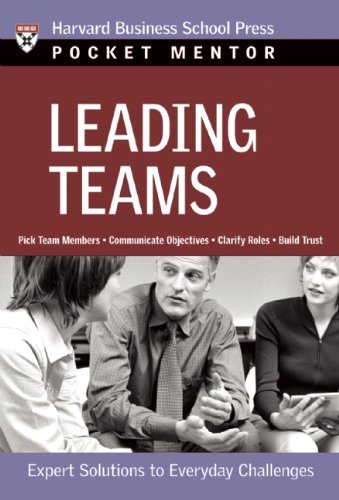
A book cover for Leading Teams: Expert Solutions to Everyday Challenges (Pocket Mentor); Business & Money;